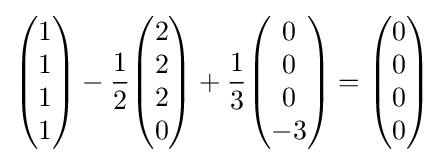
{\begin{pmatrix}1\\1\\1\\1\end{pmatrix}}-{\frac {1}{2}}{\begin{pmatrix}2\\2\\2\\0\end{pmatrix}}+{\frac {1}{3}}{\begin{pmatrix}0\\0\\0\\-3\end{pmatrix}}={\begin{pmatrix}0\\0\\0\\0\end{pmatrix}}